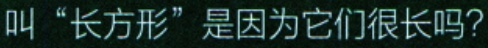
叫“长方形”是因为它们很长吗？